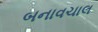
બનાવચાલ